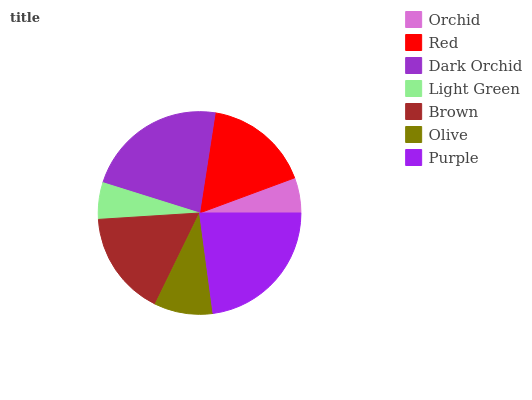
| Orchid | Red | Dark Orchid | Light Green | Brown | Olive | Purple |
 | --- | --- | --- | --- | --- | --- | --- |
 | 5.64% | 16.9% | 22.6% | 5.85% | 16.7% | 9.35% | 22.9% |